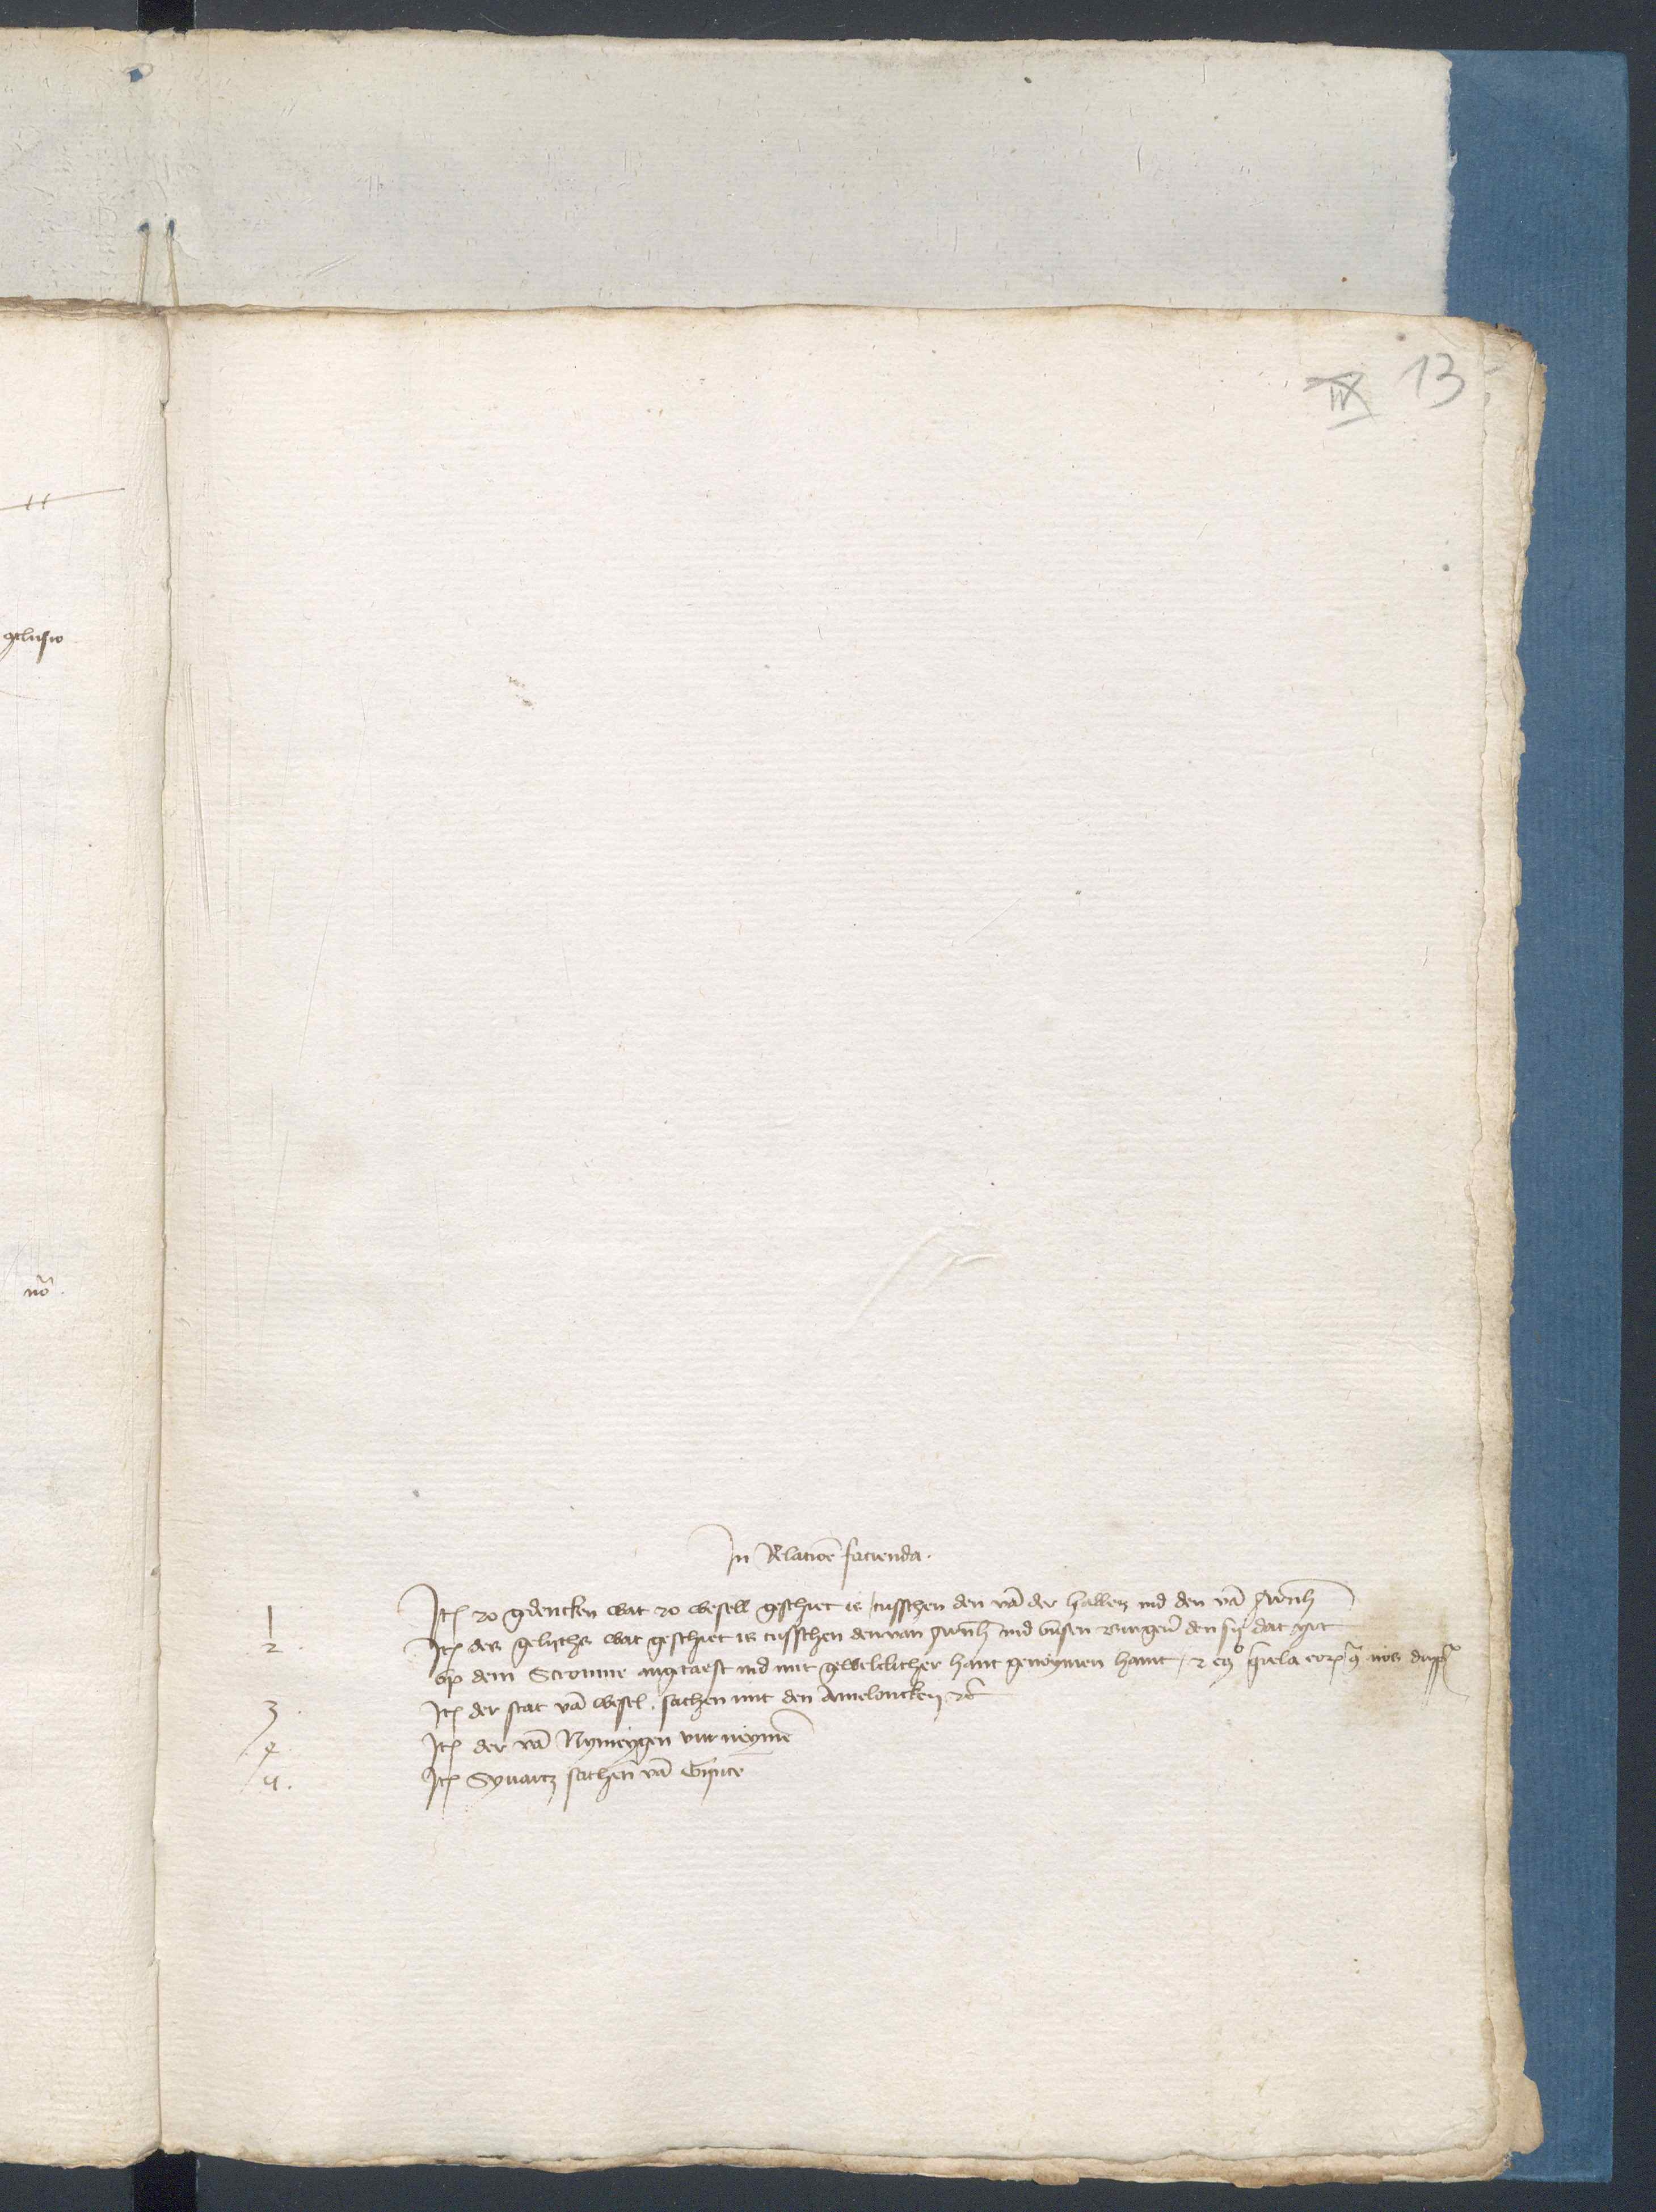
Jn Relacione farcienda
Jtem to gedencken wat to wesell geschiet is tusschen den van der hallen vnd den van Arnhem
Jtem des gelychte wat geschiet is tusschen den van Arnhem vnd vnsen Burgeren den sy dat yre
vp dem Stromme angtaest ind mit gewelichther hant genoymen hant et contra ela tor nes das
Jtem der stat van Wesel sachen mit den Amelencken etctetera
Jtem der van Nymeygen vurneymen
Jtem Synantz sachen van Gripire